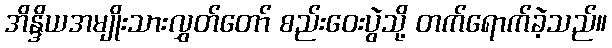
အိန္ဒိယအမျိုးသားလွှတ်တော် စည်းဝေးပွဲသို့ တက်ရောက်ခဲ့သည်။